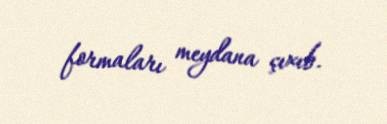
formaları meydana çıxıb.